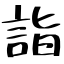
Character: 詣